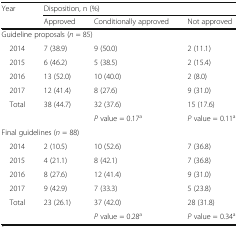
| <ROWSPAN=2> Year | <COLSPAN=3> Disposition, n (%) |
 | Approved | Conditionally approved | Not approved |
 | --- | --- | --- | --- |
 | <COLSPAN=4> Guideline proposals (n = 85) |
 | 2014 | 7 (38.9) | 9 (50.0) | 2 (11.1) |
 | 2015 | 6 (46.2) | 5 (38.5) | 2 (15.4) |
 | 2016 | 13 (52.0) | 10 (40.0) | 2 (8.0) |
 | 2017 | 12 (41.4) | 8 (27.6) | 9 (31.0) |
 | Total | 38 (44.7) | 32 (37.6) | 15 (17.6) |
 |  |  | P value = 0.17a | P value = 0.11a |
 | <COLSPAN=4> Final guidelines (n = 88) |
 | 2014 | 2 (10.5) | 10 (52.6) | 7 (36.8) |
 | 2015 | 4 (21.1) | 8 (42.1) | 7 (36.8) |
 | 2016 | 8 (27.6) | 12 (41.4) | 9 (31.0) |
 | 2017 | 9 (42.9) | 7 (33.3) | 5 (23.8) |
 | Total | 23 (26.1) | 37 (42.0) | 28 (31.8) |
 |  |  | P value = 0.28a | P value = 0.34a |